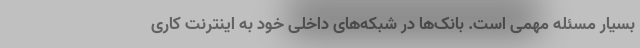
بسیار مسئله مهمی است. بانک‌ها در شبکه‌های داخلی خود به اینترنت کاری